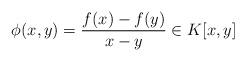
LaTeX: \begin{align*}\phi(x, y)=\frac{f(x)-f(y)}{x-y}\in K[x, y]\end{align*}